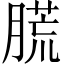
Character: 㬻